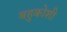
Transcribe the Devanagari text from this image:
बहुकोशी